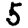
Digit: 5